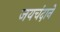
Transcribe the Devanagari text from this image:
जयचंदाने